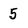
Character: 5